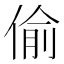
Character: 偷